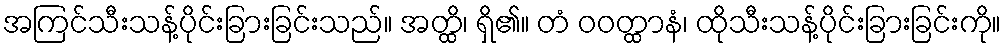
အကြင်သီးသန့်ပိုင်းခြားခြင်းသည်။ အတ္ထိ၊ ရှိ၏။ တံ ဝဝတ္ထာနံ၊ ထိုသီးသန့်ပိုင်းခြားခြင်းကို။